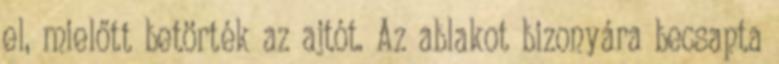
el, mielőtt betörték az ajtót. Az ablakot bizonyára becsapta